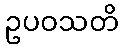
ဥပဝသတိ